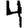
Digit: 4